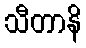
သီတာနိ